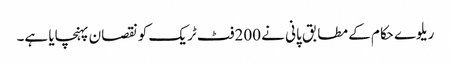
ریلوے حکام کے مطابق پانی نے 200فٹ ٹریک کو نقصان پہنچایا ہے۔